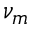
\nu _ { m }